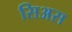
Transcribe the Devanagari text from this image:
सिअस